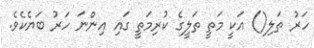
ހަރު ތަލި() އަކީ މަތީ ތަލީގެ ކުރިމަތީ ގައި އިންނަ ހަރު ބަޔެކެވެ.